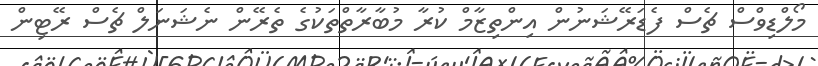
މޯލްޑިވްސް ޗެސް ފެޑަރޭޝަނުން އިންތިޒާމް ކުރާާ މުބާރާތްތަކުގެ ތެރޭން ނެޝަނަލް ޗެސް ރޭޓިން